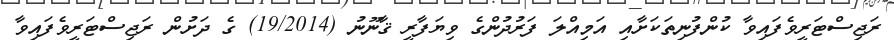
ރަޖިސްޓަރީވެފައިވާ ކުންފުނިތަކަށާއި އަމިއްލަ ފަރުދުންގެ ވިޔަފާރީ ޤާނޫނު (19/2014) ގެ ދަށުން ރަޖިސްޓަރީވެފައިވާ